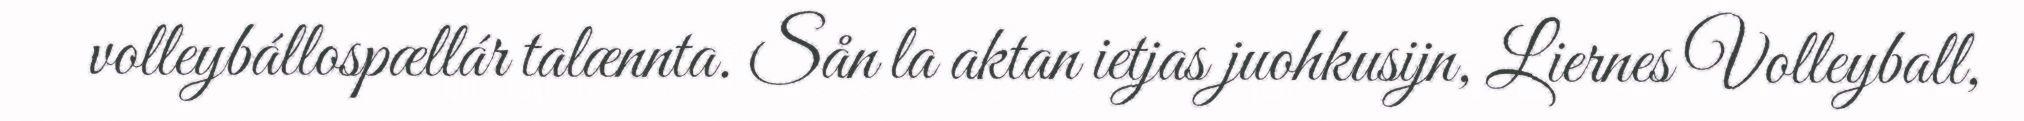
volleybállospællár talænnta. Sån la aktan ietjas juohkusijn, Liernes Volleyball,